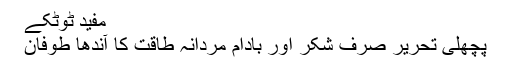
مفید ٹوٹکے
پچھلی تحریر صرف شکر اور بادام مردانہ طاقت کا آندھا طوفان